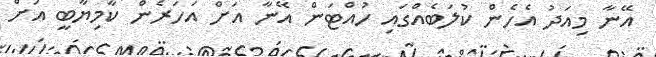
އޭނާ މިއަދު އެހެން ކުލަބެއްގައި ހުއްޓަން އޭނާ އަށް އަހަރެން ކާމިޔާބީ އަށް